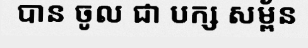
បាន ចូល ជា បក្ស សម្ព័ន